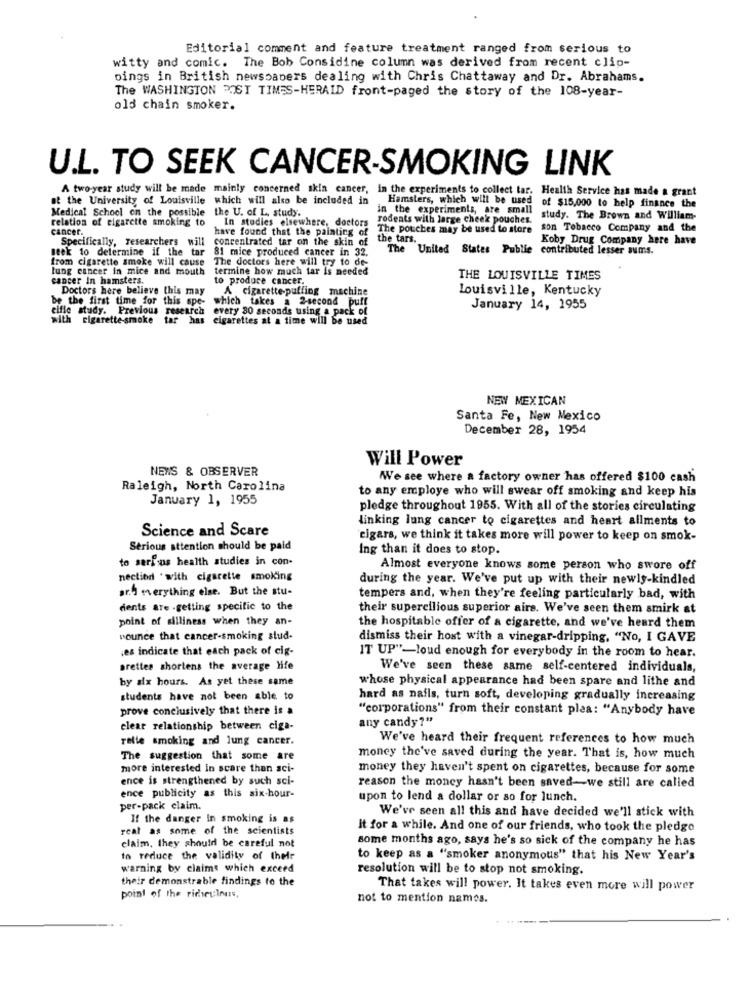
Editorial comment and feature treatment ranged from serious to
witty and comic. The Bob Considine column was derived from recent clip-
oings in British newspapers dealing with Chris Chattaway and Dr. Abrahams.
The WASHINGTON POST TIMES-HERAID front-paged the story of the 108-year-
old chain smoker.
U.L. TO SEEK CANCER-SMOKING LINK
A two-year study will be made mainly concerned skin cancer, in the experiments to collect tar. Health Service has made a grant
at the University of Louisville which will also be included in Hamsters, which will be used
of $15,000 to help finance the
Medical School on the possible the U. of L. study.
in the experiments, are small
relation of cigarette smoking to
In studies elsewhere, doctors
rodents with large cheek pouches.
study. The Brown and William-
cancer
have found that the painting of
The pouches may be used to store son Tobacco Company and the
Specifically, researchers will
concentrated tar on the skin of
the tars.
Koby Drug Company here have
seek to determine if the tar
81 mice produced cancer in 32.
The United States Publie contributed lesser sums.
from cigarette smoke will cause The doctors here will try to de-
lung cancer in mice and mouth
termine how much tar is needed
cancer In hamsters.
to produce cancer.
THE LOUISVILLE TIMES
Doctors here believe this may
Acigarette-puffing machine
Louisville, Kentucky
be the first time for this spe-
which takes a 2-second puff
cifle study. Previous research every 80 seconds using a pack
January 14, 1955
with cigarette smoke
has cigarettes at a time will be used
NEW MEXICAN
Santa Fe, New Mexico
December 28, 1954
Will Power
NEWS & OBSERVER
We see where a factory owner has offered $100 cash
Raleigh, North Carolina
to any employe who will swear off smoking and keep his
January 1, 1955
pledge throughout 1955. With all of the stories circulating
linking lung cancer to cigarettes and heart allments to
Science and Scare
cigars, we think it takes more will power to keep on smok-
Serious attention should be paid
Ing than it does to stop.
to serious health studies in con-
Almost everyone knows some person who swore off
nectind . with cigarette smoking
during the year. We've put up with their newly-kindled
ar.4 everything else. But the stu-
tempers and, when they're feeling particularly bad, with
dents are .getting specific to the
their supercilious superior airs. We've seen them smirk at
point of silliness when they an-
the hospitable offer of a cigarette, and we've heard them
nounce that cancer-smoking stud.
dismiss their host with a vinegar-dripping, "No, I GAVE
;es indicate that each pack of cig-
IT UP"-loud enough for everybody in the room to hear.
arettes shortens the average life
We've seen these same self-centered individuals,
by six hours. As yet these same
whose physical appearance had been spare and lithe and
students have not been able to
hard as nails, turn soft, developing gradually increasing
prove conclusively that there is a
"corporations" from their constant plea: "Anybody have
any candy?"
clear relationship between ciga-
relle smoking and lung cancer.
We've heard their frequent references to how much
The suggestion that some are
money the've saved during the year. That is, how much
more interested in scare than sci-
money they haven't spent on cigarettes, because for some
ence is strengthened by such sci-
reason the money hasn't been saved-we still are called
ence publicity as this six-hour-
upon to lend a dollar or so for lunch.
per-pack claim.
We've seen all this and have decided we'll stick with
If the danger In smoking is as
real as some of the scientists
It for a while. And one of our friends, who took the pledge
some months ago, says he's so sick of the company he has
claim, they should be careful not
to reduce the validity of their
to keep as a "smoker anonymous" that his New Year's
warning by claims which exceed
resolution will be to stop not smoking.
their demonstrable findings to the
That takes will power. It takes even more will power
point of the ridiculous,
not to mention names.